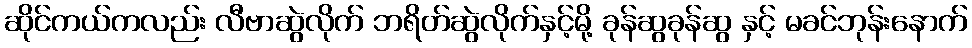
ဆိုင်ကယ်ကလည်း လီဗာဆွဲလိုက် ဘရိတ်ဆွဲလိုက်နှင့်မို့ ခုန်ဆွခုန်ဆွ နှင့် မခင်ဘုန်းနောက်